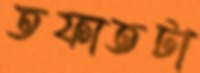
তফাতটা